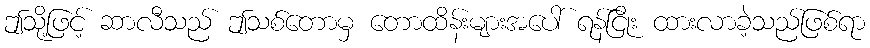
ဤသို့ဖြင့် ဆာလီသည် ဤသစ်တောမှ တောထိန်းများအပေါ် ရန်ငြိုး ထားလာခဲ့သည်ဖြစ်ရာ